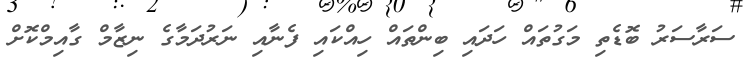
ސަރާސަރު ބޮޑެތި މަގުތައް ހަދައި ބިންތައް ހިއްކައި ފެނާއި ނަރުދަމާގެ ނިޒާމް ގާއިމްކޮށް